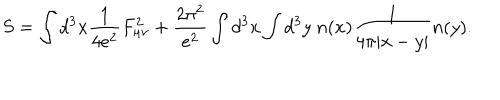
S = \int d ^ { 3 } x \frac { 1 } { 4 e ^ { 2 } } F _ { \mu \nu } ^ { 2 } + \frac { 2 \pi ^ { 2 } } { e ^ { 2 } } \int d ^ { 3 } x \int d ^ { 3 } y ~ n ( x ) \frac { 1 } { 4 \pi | x - y | } n ( y ) .